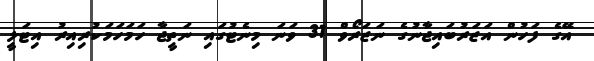
އޭގެ ފަހުން އަޒަރުބައިޖާނުގެ ނަޒަރޯވް 31 ވަނަ މިނެޓުގައި ނަތީޖާ ހަމަހަމަކުރިއިރު އިޓަލީ